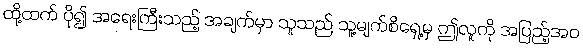
ထို့ထက် ပို၍ အရေးကြီးသည့် အချက်မှာ သူသည် သူ့မျက်စိရှေ့မှ ဤလူကို အပြည့်အဝ